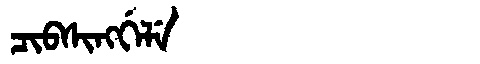
Manchu: ᠴᡳᠪᠰᡳᠩᡤᡝᠯᡝ
Romanization: CIBSINGGELE